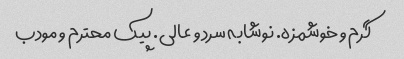
گرم و خوشمزه. نوشابه سرد و عالی. پیک محترم و مودب